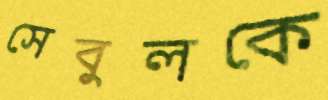
সেবুলকে